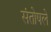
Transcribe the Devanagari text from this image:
संतोषले